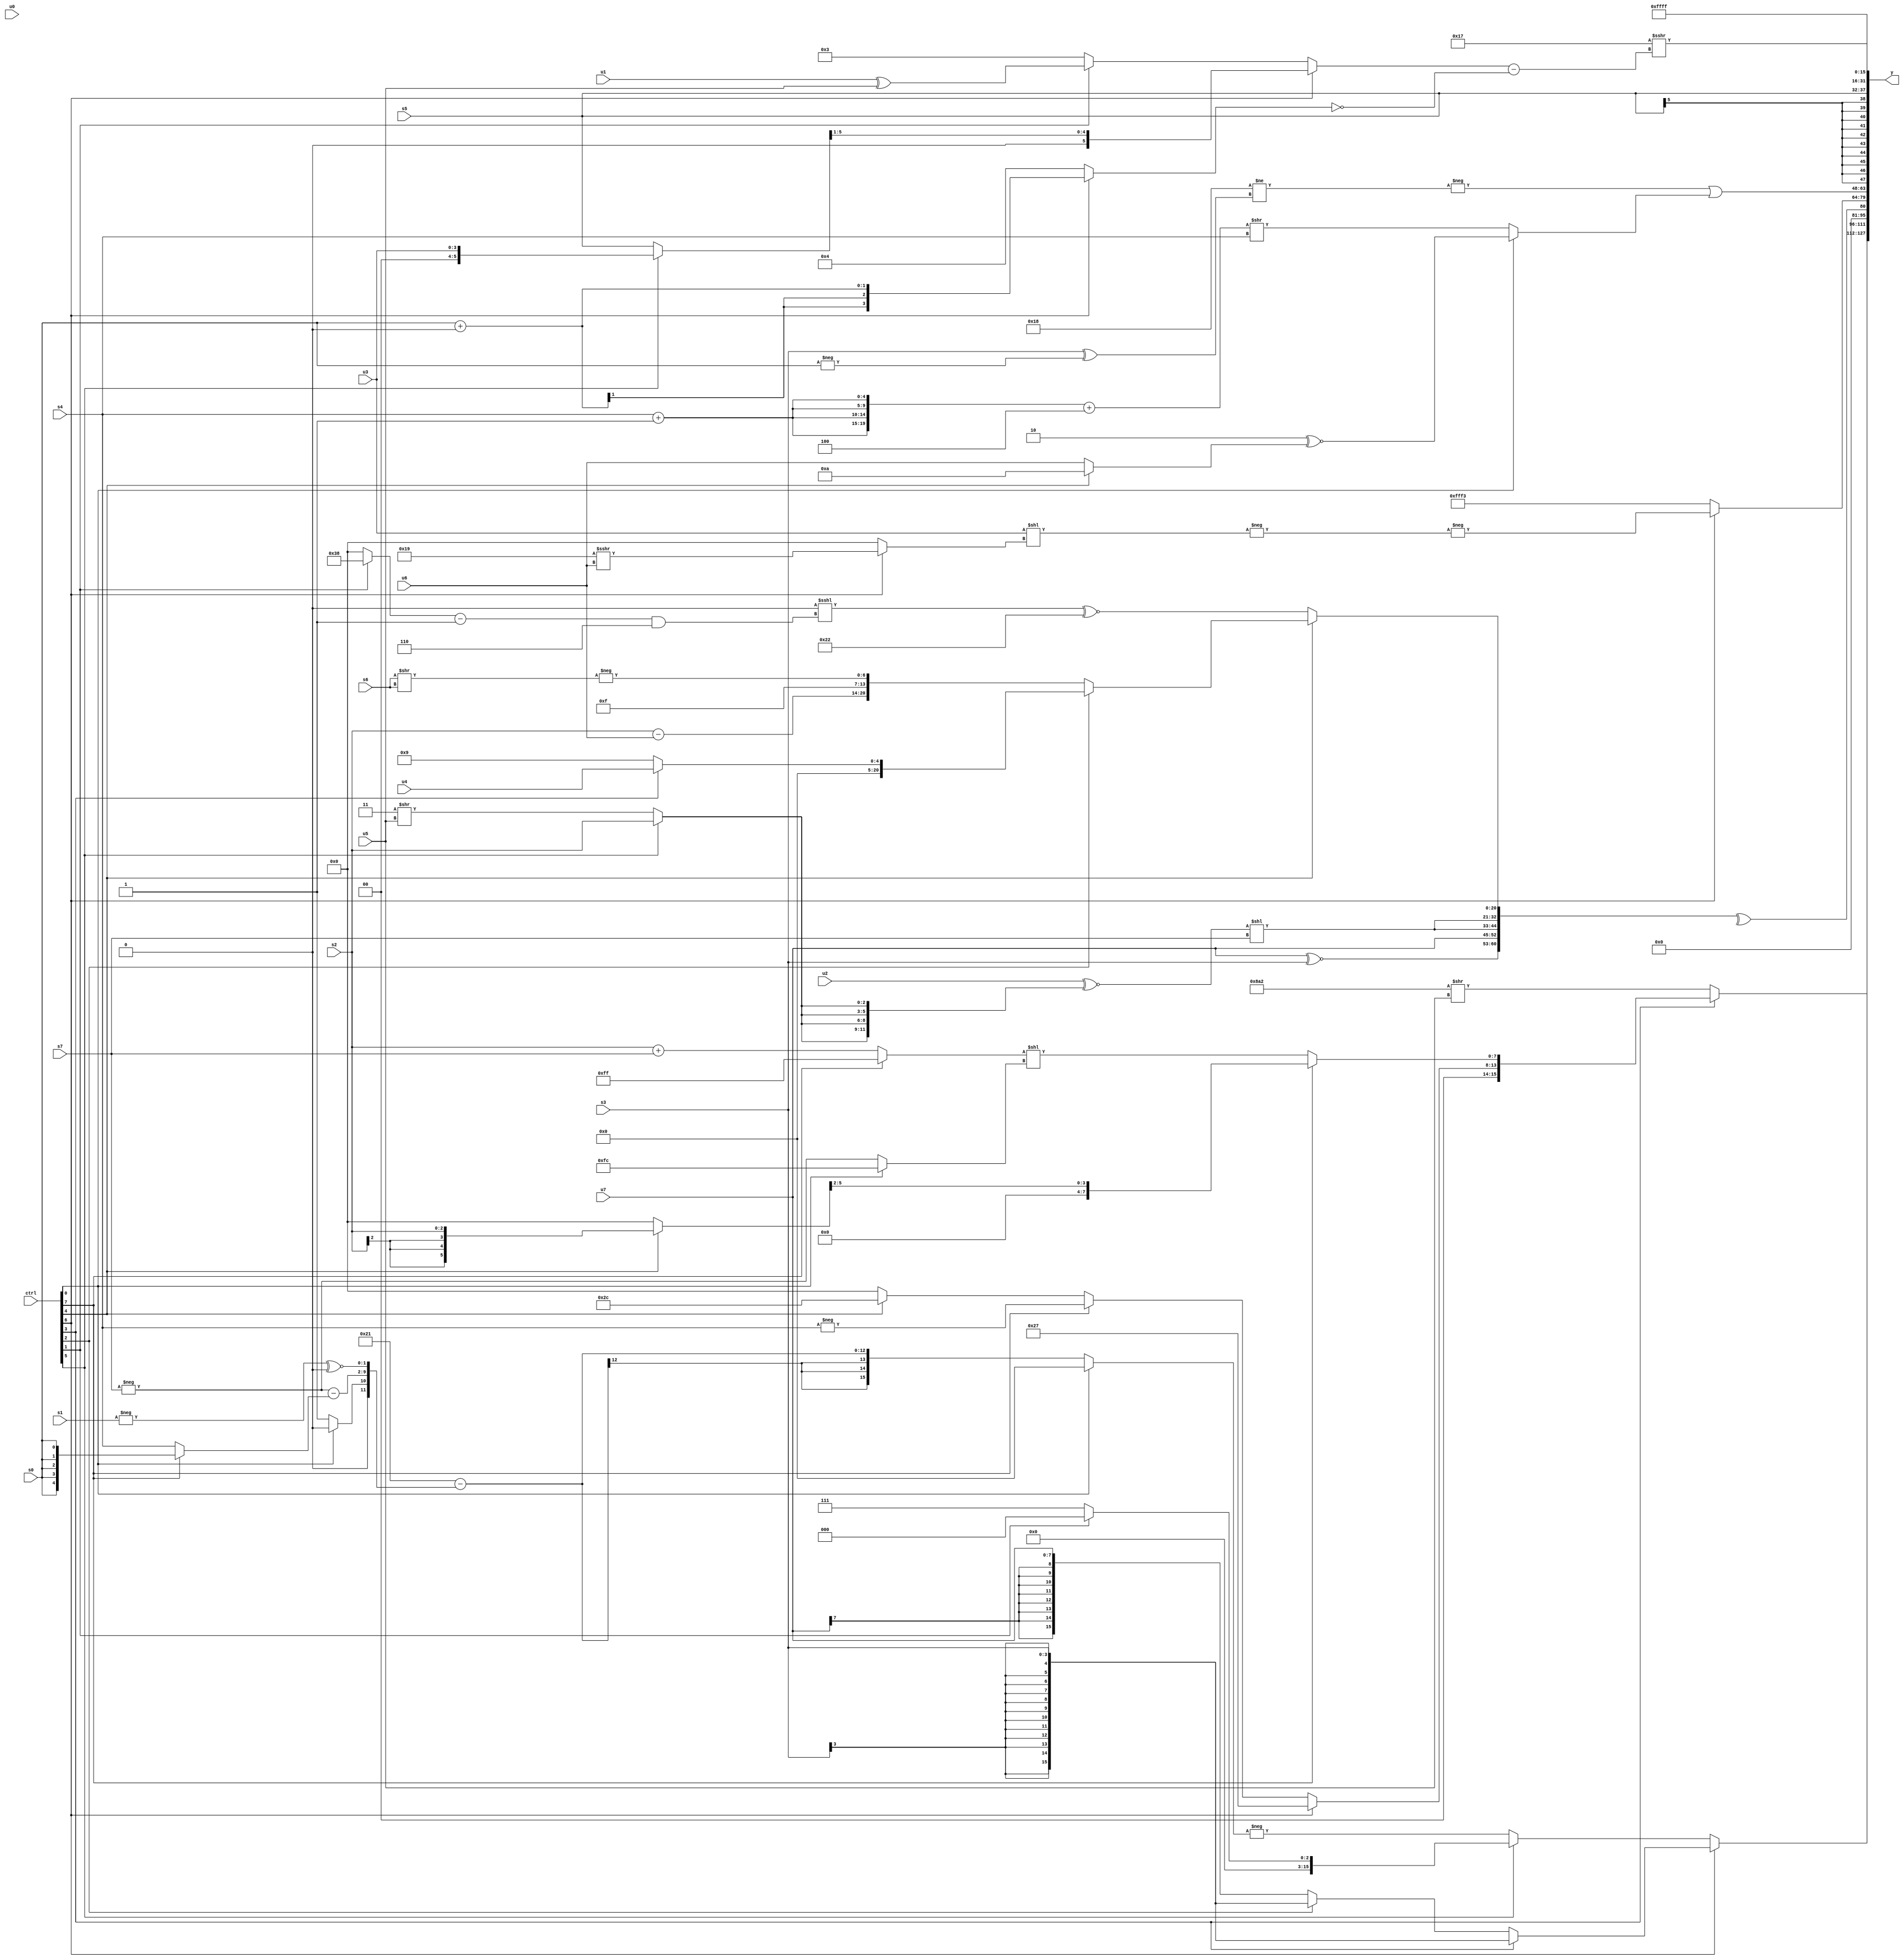
module wideexpr_00791(ctrl, u0, u1, u2, u3, u4, u5, u6, u7, s0, s1, s2, s3, s4, s5, s6, s7, y);
  input [7:0] ctrl;
  input [0:0] u0;
  input [1:0] u1;
  input [2:0] u2;
  input [3:0] u3;
  input [4:0] u4;
  input [5:0] u5;
  input [6:0] u6;
  input [7:0] u7;
  input signed [0:0] s0;
  input signed [1:0] s1;
  input signed [2:0] s2;
  input signed [3:0] s3;
  input signed [4:0] s4;
  input signed [5:0] s5;
  input signed [6:0] s6;
  input signed [7:0] s7;
  output [127:0] y;
  wire [15:0] y0;
  wire [15:0] y1;
  wire [15:0] y2;
  wire [15:0] y3;
  wire [15:0] y4;
  wire [15:0] y5;
  wire [15:0] y6;
  wire [15:0] y7;
  assign y = {y0,y1,y2,y3,y4,y5,y6,y7};
  assign y0 = (ctrl[3]?{(ctrl[6]?-($unsigned(-($signed(5'sb00111)))):(ctrl[7]?-(s4):(ctrl[4]?6'sb101100:(2'sb11)>>(-(2'b10))))),(ctrl[7]?$signed((+((ctrl[4]?s2:6'sb000000)))>>(2'sb10)):((ctrl[7]?1'sb1:$signed((s2)+(s7))))<<((ctrl[0]?4'sb1100:-(+(s7)))))}:($unsigned({2{6'sb100010}}))>>($signed(u5)));
  assign y1 = (ctrl[6]?(ctrl[3]?s3:(ctrl[2]?s3:$signed($signed(u7)))):(ctrl[5]?$signed((ctrl[5]?(ctrl[1]?1'sb0:4'sb0111):1'sb0)):-((ctrl[0]?1'sb0:(6'sb100001)-($signed({(ctrl[0]?{4{4'sb0000}}:(6'b010111)>(2'sb10)),(-(s7))-((ctrl[7]?s0:s4)),(-(s1))^~(+(1'sb0))}))))));
  assign y2 = ^({(u7)^~(s3),u7,{2{((u2)^~({4{(ctrl[5]?$unsigned(s2):(2'sb11)>>(u5))}}))<<(s7)}},(ctrl[4]?$signed((ctrl[2]?(ctrl[4]?(ctrl[3]?u4:(ctrl[2]?5'b01001:u0)):$unsigned(s7)):{(ctrl[4]?(s2)-(u6):(3'sb000)<<(5'sb01111)),(3'sb000)<<(4'sb1111),4'sb1111,-((s6)>>(s6))})):(($signed(((ctrl[6]?s3:s0))<<((1'sb1)&(5'sb01111))))<<<((((ctrl[1]?6'b111000:1'b0))-(4'b0001))&(3'b110)))^~(6'sb100010))});
  assign y3 = (ctrl[6]?-($signed(-((u3)<<((ctrl[6]?(5'b11001)>>>(u6):{2{3'sb000}}))))):5'sb10011);
  assign y4 = (-((($signed(-(6'b100101)))-(4'sb0011))!=(($signed(s3))^(-(s0)))))|((ctrl[0]?((4'sb0010)<<<(-((3'b100)<<<(3'sb011))))^~($signed((ctrl[4]?4'b1010:u6))):$signed((({4{(s4)+(1'sb1)}})+(4'sb0100))>>(s4))));
  assign y5 = s5;
  assign y6 = (6'sb010111)>>>(((ctrl[6]?((ctrl[5]?u3:s5))>>>((5'sb00011)>(1'sb1)):(ctrl[1]?(u1)^(u5):3'b011)))-(!((ctrl[6]?(s0)+(1'sb0):4'sb0100))));
  assign y7 = $signed(2'sb11);
endmodule